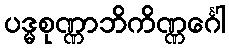
ပဒ္မစုဏ္ဏာဘိကိဏ္ဏင်္ဂေါ